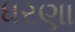
ધરણા